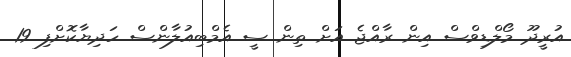
އުރީދޫ މޯލްޑިވްސް އިން ރާއްޖެ އަށް ތިން ސީ އެމްބިއުލާންސް ހަދިޔާކޮށްފި 19